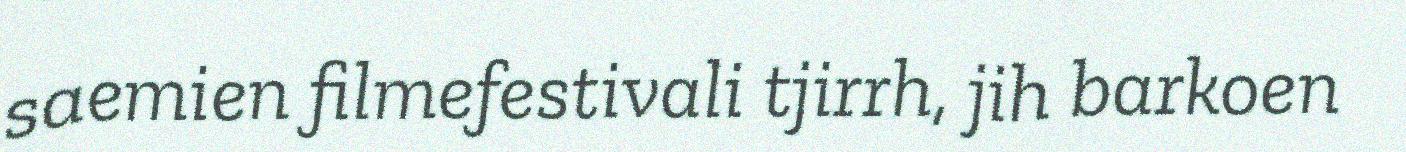
saemien filmefestivali tjirrh, jih barkoen